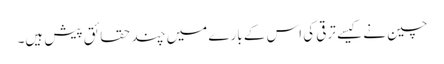
چین نے کیسے ترقی کی اس کے بارے میں چند حقائق پیش ہیں۔